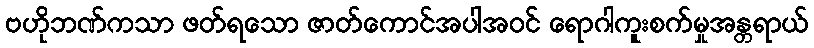
ဗဟိုဘဏ်ကသာ ဖတ်ရသော ဇာတ်ကောင်အပါအဝင် ရောဂါကူးစက်မှုအန္တရာယ်